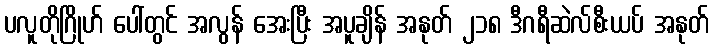
ပလူတိုဂြိုဟ် ပေါ်တွင် အလွန် အေးပြီး အပူချိန် အနုတ် ၂၁၈ ဒီဂရီဆဲလ်စီးယပ် အနုတ်